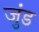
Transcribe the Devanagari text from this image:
जुंड